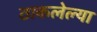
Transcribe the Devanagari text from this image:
ठाकलेल्या